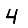
Digit: 4